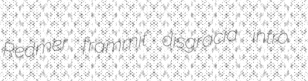
Redmer frammit disgracia intro.